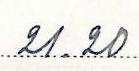
21.20